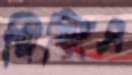
পিজিএ